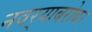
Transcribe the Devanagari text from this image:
नवर्‍याबरोबर